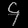
Digit: ၄